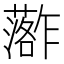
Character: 𮒏